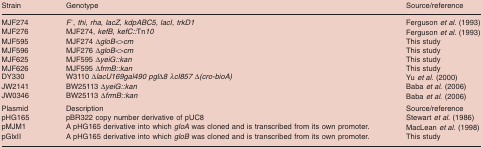
<table><thead><tr><td><b>Strain</b></td><td><b>Genotype</b></td><td><b>Source/reference</b></td></tr></thead><tbody><tr><td>MJF274</td><td><i>F<sup>-</sup></i>, <i>thi, rha, lacZ, kdpABC5, lacI, trkD1</i></td><td>Ferguson <i>et al</i>. (1993)</td></tr><tr><td>MJF276</td><td>MJF274, <i>kefB</i>, <i>kefC::</i>Tn<i>10</i></td><td>Ferguson <i>et al</i>. (1993)</td></tr><tr><td>MJF595</td><td>MJF274 Δ<i>gloB&lt;&gt;cm</i></td><td>This study</td></tr><tr><td>MJF596</td><td>MJF276 Δ<i>gloB&lt;&gt;cm</i></td><td>This study</td></tr><tr><td>MJF625</td><td>MJF595 Δ<i>yeiG::kan</i></td><td>This study</td></tr><tr><td>MJF626</td><td>MJF595 Δ<i>frmB::kan</i></td><td>This study</td></tr><tr><td>DY330</td><td>W3110 Δ<i>lacU169gal490 pgl</i>Δ<i>8 λcI857</i>Δ<i>(cro-bioA)</i></td><td>Yu <i>et al</i>. (2000)</td></tr><tr><td>JW2141</td><td>BW25113 Δ<i>yeiG::kan</i></td><td>Baba <i>et al</i>. (2006)</td></tr><tr><td>JW0346</td><td>BW25113 Δ<i>frmB::kan</i></td><td>Baba <i>et al</i>. (2006)</td></tr><tr><td>Plasmid</td><td>Description</td><td>Source/reference</td></tr><tr><td>pHG165</td><td>pBR322 copy number derivative of pUC8</td><td>Stewart <i>et al</i>. (1986)</td></tr><tr><td>pMJM1</td><td>A pHG165 derivative into which <i>gloA</i> was cloned and is transcribed from its own promoter.</td><td>MacLean <i>et al</i>. (1998)</td></tr><tr><td>pGlxII</td><td>A pHG165 derivative into which <i>gloB</i> was cloned and is transcribed from its own promoter.</td><td>This study</td></tr></tbody></table>